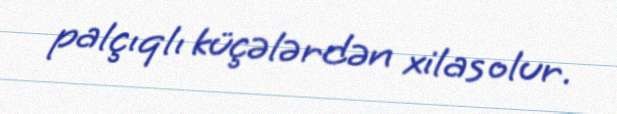
palçıqlı küçələrdən xilas olur.